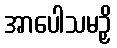
အာပေါသမဉှိ